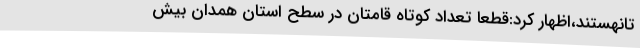
تانهستند،اظهار کرد:قطعاً تعداد کوتاه قامتان در سطح استان همدان بیش